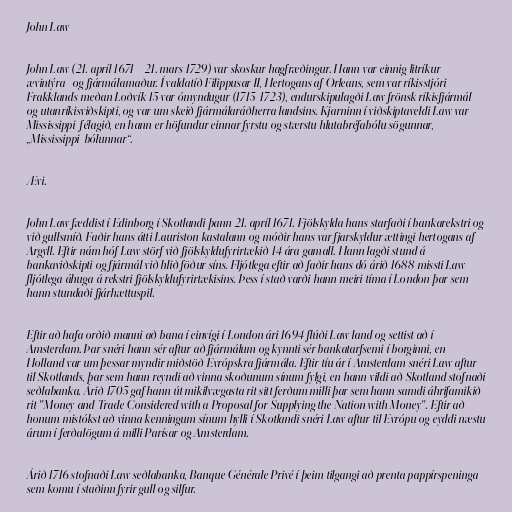
John Law

John Law (21. apríl 1671 – 21. mars 1729) var skoskur hagfræðingur. Hann var einnig litríkur
ævintýra- og fjármálamaður. Í valdatíð Filippusar II, Hertogans af Orleans, sem var ríkisstjóri
Frakklands meðan Loðvík 15 var ómyndugur (1715-1723), endurskipulagði Law frönsk ríkisfjármál
og utanríkisviðskipti, og var um skeið fjármálaráðherra landsins. Kjarninn í viðskiptaveldi Law var
Mississippi-félagið, en hann er höfundur einnar fyrstu og stærstu hlutabréfabólu sögunnar,
„Mississippi-bólunnar“.

Ævi.

John Law fæddist í Edinborg í Skotlandi þann 21. apríl 1671. Fjölskylda hans starfaði í bankarekstri og
við gullsmíð. Faðir hans átti Lauriston kastalann og móðir hans var fjarskyldur ættingi hertogans af
Argyll. Eftir nám hóf Law störf við fjölskyldufyrirtækið 14 ára gamall. Hann lagði stund á
bankaviðskipti og fjármál við hlið föður síns. Fljótlega eftir að faðir hans dó árið 1688 missti Law
fljótlega áhuga á rekstri fjölskyldufyrirtækisins. Þess í stað varði hann meiri tíma í London þar sem
hann stundaði fjárhættuspil.

Eftir að hafa orðið manni að bana í einvígi í London ári 1694 flúði Law land og settist að í
Amsterdam. Þar snéri hann sér aftur að fjármálum og kynnti sér bankatarfsemi í borginni, en
Holland var um þessar myndir miðstöð Evrópskra fjármála. Eftir tíu ár í Amsterdam snéri Law aftur
til Skotlands, þar sem hann reyndi að vinna skoðunum sínum fylgi, en hann vildi að Skotland stofnaði
seðlabanka. Árið 1705 gaf hann út mikilvægasta rit sitt ferðum milli þar sem hann samdi áhrifamikið
rit "Money and Trade Considered with a Proposal for Supplying the Nation with Money". Eftir að
honum mistókst að vinna kenningum sínum hylli í Skotlandi snéri Law aftur til Evrópu og eyddi næstu
árum í ferðalögum á milli Parísar og Amsterdam.

Árið 1716 stofnaði Law seðlabanka, Banque Générale Privé í þeim tilgangi að prenta pappírspeninga
sem komu í staðinn fyrir gull og silfur.